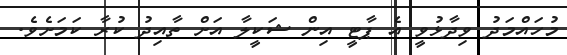
މުހައްމަދު ވިދާޅުވީ އެ ޕާޓީ އިން ޝަކީލާ އަށް ތާއިދު ކުރާ ކަމަށެވެ.